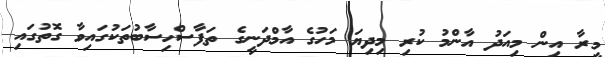
މީރާ އިން މިއަދު އާންމު ކުރި މިދިޔަ މަހުގެ އާމްދަނީގެ ތަފާސްހިސާބުތަކުގައިވާ ގޮތުގައި